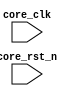
module SND(
	input	core_clk	,	//%	时钟信号
	input	core_rst_n	,	//%	时钟复位信号(低有效)
	
);





endmodule